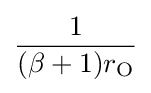
{\frac {1}{(\beta +1)r_{\mathrm {O} }}}